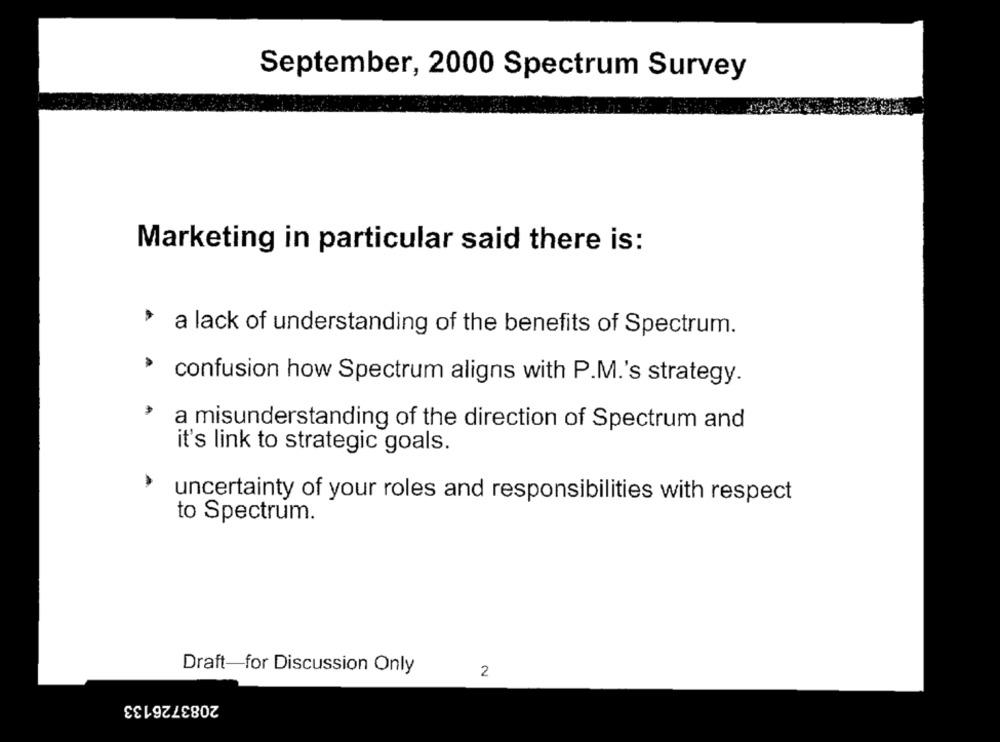
September, 2000 Spectrum Survey
Marketing in particular said there is:
> a lack of understanding of the benefits of Spectrum.
confusion how Spectrum aligns with P.M.'s strategy.
a misunderstanding of the direction of Spectrum and
it's link to strategic goals.
uncertainty of your roles and responsibilities with respect
to Spectrum.
Draft-for Discussion Only
2
2083726133